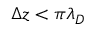
\Delta z < \pi \lambda _ { D }